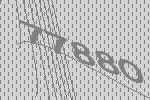
77880